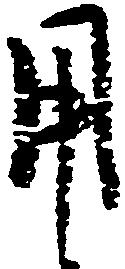
用